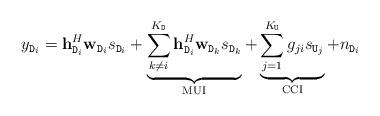
LaTeX: \begin{align*}y_{\mathtt{D}_{i}}=\mathbf{h}_{\mathtt{D}_{i}}^{H}\mathbf{w}_{\mathtt{D}_{i}}s_{\mathtt{D}_{i}}+\underbrace{\sum_{k\neq i}^{K_{\mathtt{D}}}\mathbf{h}_{\mathtt{D}_{i}}^{H}\mathbf{w}_{\mathtt{D}_{k}}s_{\mathtt{D}_{k}}}_{\textrm{MUI}}+\underbrace{\sum_{j=1}^{K_{\mathtt{U}}}g_{ji}s_{\mathtt{U}_{j}}}_{\textrm{CCI}}+n_{\mathtt{D}_{i}}\end{align*}